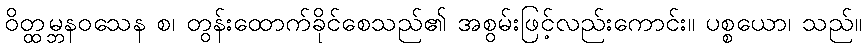
ဝိတ္ထမ္ဘနဝသေန စ၊ တွန်းထောက်ခိုင်စေသည်၏ အစွမ်းဖြင့်လည်းကောင်း။ ပစ္စယော၊ သည်။